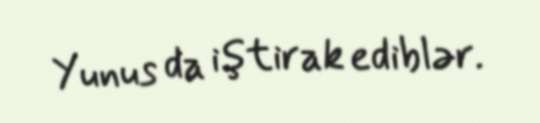
Yunus da iştirak ediblər.